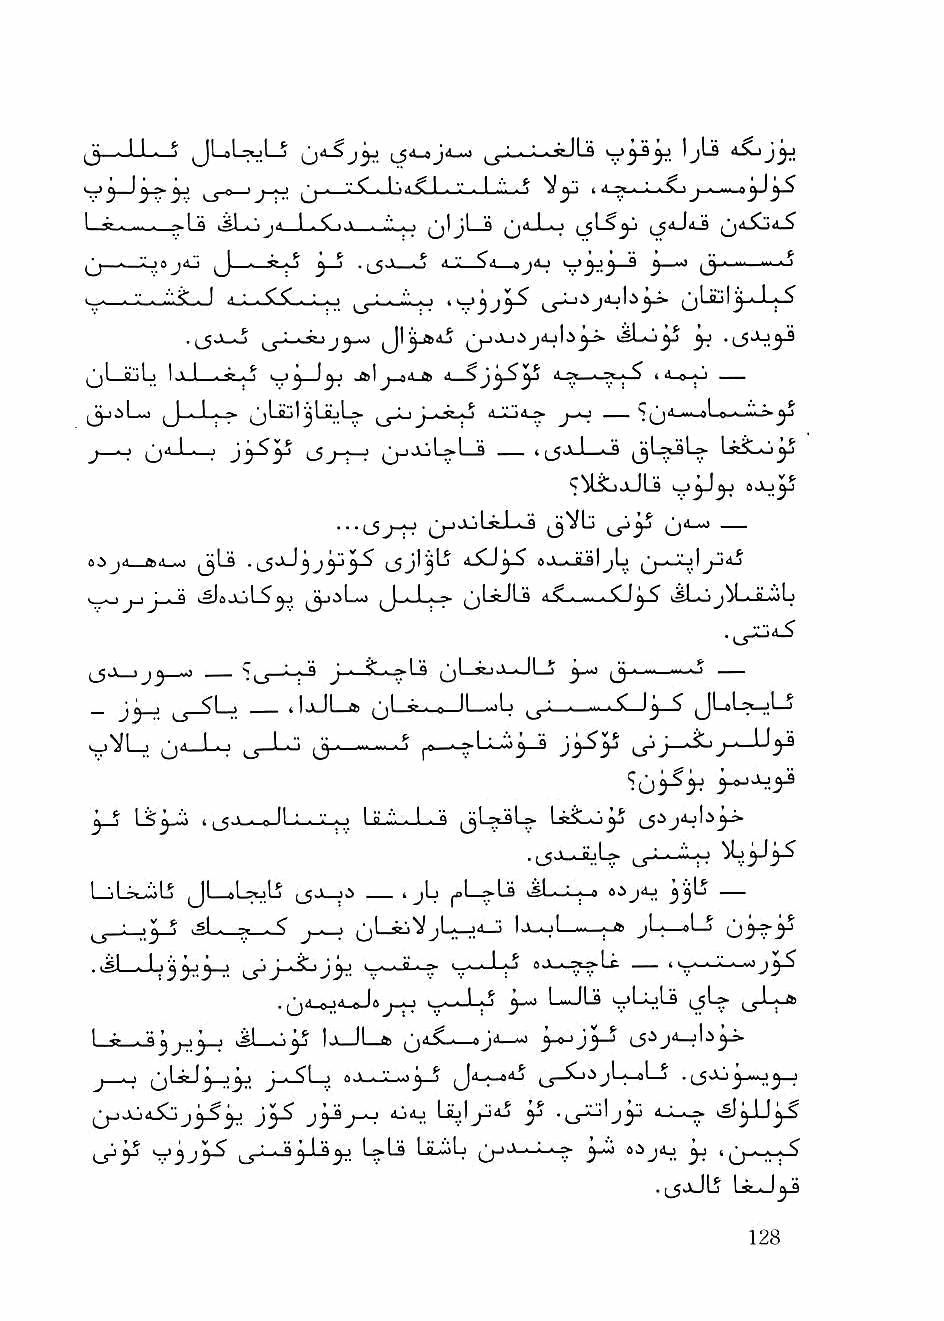
I.                    (jljL_3 ^jil-1...; (JiJiJ (jd^A^
 ^  . ■:., j a'. ^ . if ^_j ^ \ A j •; .jA I 9 jj I.I ^ji »■
 ■ - ■ " - ■"■' ^ - I A.l_i-Sl5l-._I_o ^ - ■ ■"■ ■ t ii— Ij-Lji jAjli^J»
 ijj Jji j4.jl.l^-i- iSLo^ yj
 ^jjLjtjL) I V I . i .* ',,'J j "I *• jyS^ ^ 1 d_o^
 L-o
 j ■ ■ ^jd_U j ^j,■ _i ,jjjj>LfcL_s _— n_5jLi__ij LssSLo^
 ^ViojJLa
 ^j-)jjLiJ^ ^Vb  yA-o —
 eijd fcA^ (3^            iSJyS a.V-Jmljb |j_.Jiljljjaj
 I • 'j 'j • "            jjLssJLs   yS iSLuj^b-i-^iL
 (jl_35J J-JLj
 _    t_S-^'-:f il-JLfc (jL-R—aJL^b      JUL^LS"
 SjjVLj ^A—L^ jj_Lo             jyS^ ^    j-t—U^
 y-j L5 f  ' ■ B II ' I ° " - 1 ■ a LstibJ)^
 .(jj.*jLiU. :lo
 1 iibt-iub Jb-ab^Lj  I jb jbI—>-Ls tsb-I-^ aijAj ^^jb
 ■ -X ^ 'Sl -    (jbii^ ib^d—J     jb—»bj (j^yS
 _a ^jl—RJ A jl_^a
 .iSb-Jj^^,^ ^_yi
 .^A_aJA^a i_B_bbj ^ bJLs ybjLs ijL>
 JL-J>^ lj_Jb_a ^jA^_^Jd_^ y'^jy-J ^_5iJA_Jb^
 J ■ ■ ^jlaa-l y—j y'i J-^bj a-Jk—jil-AU^-j Ja-^Aj ^j_Sjijb_abS .
 j_jj^ St'3j3^         bLjb    ;_■_» yj^ 8^jAj ^ i
 .(_5>JlJIj Lsa3^